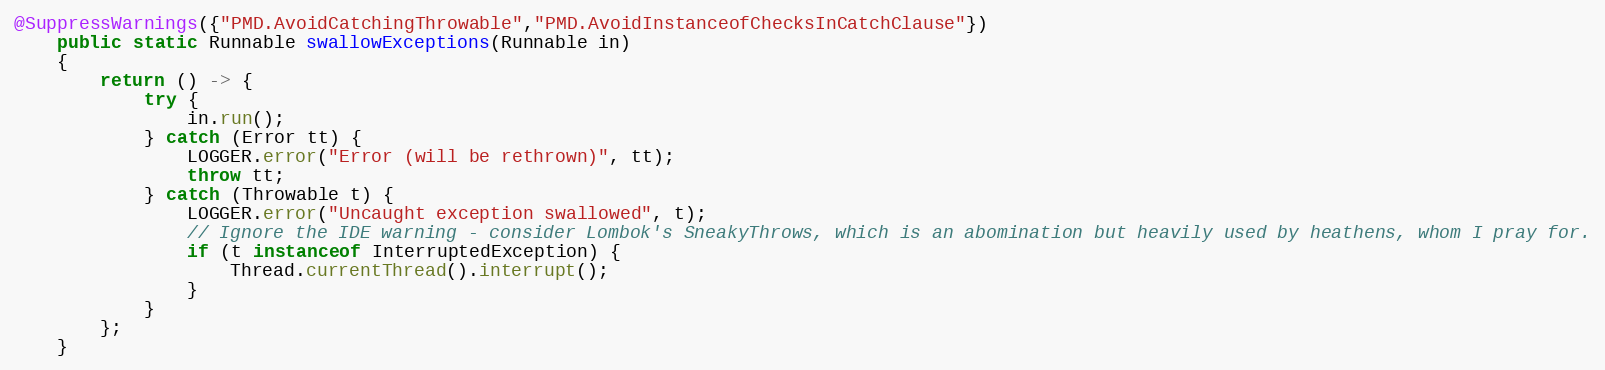
Language: Java
@SuppressWarnings({"PMD.AvoidCatchingThrowable","PMD.AvoidInstanceofChecksInCatchClause"})
    public static Runnable swallowExceptions(Runnable in)
    {
        return () -> {
            try {
                in.run();
            } catch (Error tt) {
                LOGGER.error("Error (will be rethrown)", tt);
                throw tt;
            } catch (Throwable t) {
                LOGGER.error("Uncaught exception swallowed", t);
                // Ignore the IDE warning - consider Lombok's SneakyThrows, which is an abomination but heavily used by heathens, whom I pray for.
                if (t instanceof InterruptedException) {
                    Thread.currentThread().interrupt();
                }
            }
        };
    }